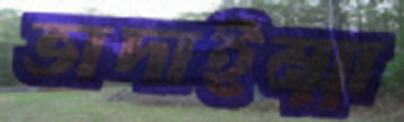
ভাদাইম্মা